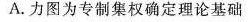
A.力图为专制集权确定理论基础